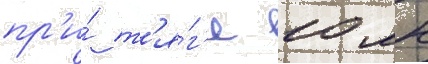
пр'и́ т'я́г'е 10 мн